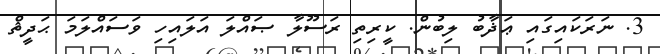
3. ނަރަކައިގައި ޢަޛާބު ލިބުން. ކީރިތި ރަސޫލާ ޞައްލަ އަލައިހި ވަސައްލަމަ ޙަދީޘް